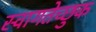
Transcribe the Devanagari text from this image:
स्वागतेच्छुक